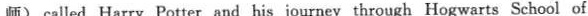
师) called Harry Potter and his journey through Hogwarts School of